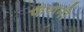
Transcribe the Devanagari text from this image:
फॅशनी